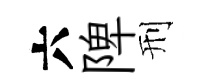
六陴刑